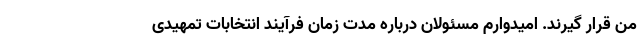
من قرار گیرند. امیدوارم مسئولان درباره مدت زمان فرآیند انتخابات تمهیدی